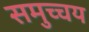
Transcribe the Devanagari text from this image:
समुच्‍चय